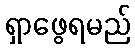
ရှာဖွေရမည်